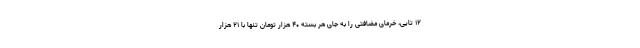
۱۲ تایی، خرمای مضافتی را به جای هر بسته ۴۰ هزار تومان تنها با ۲۱ هزار